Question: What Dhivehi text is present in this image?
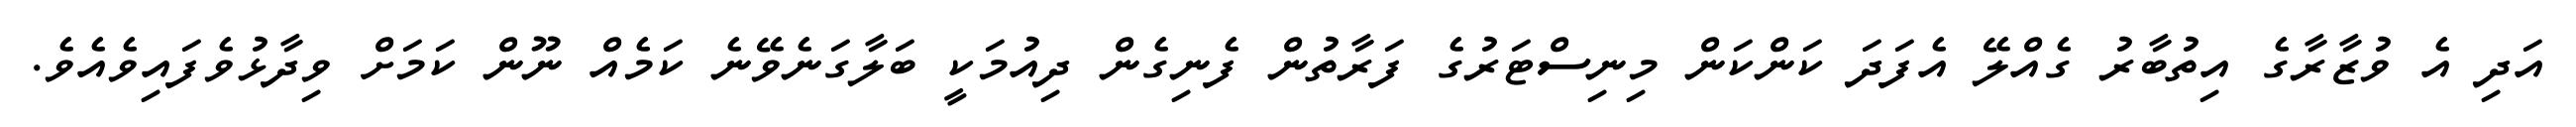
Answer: އަދި އެ ވުޒާރާގެ އިތުބާރު ގެއްލޭ އެފަދަ ކަންކަން މިނިސްޓަރުގެ ފަރާތުން ފެނިގެން ދިއުމަކީ ބަލާގަނެވޭނެ ކަމެއް ނޫން ކަމަށް ވިދާޅުވެފައިވެއެވެ.